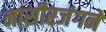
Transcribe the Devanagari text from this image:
नासीरजंगने